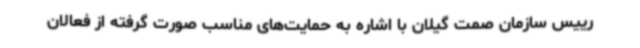
رییس سازمان صمت گیلان با اشاره به حمایت‌های مناسب صورت گرفته از فعالان